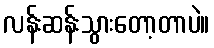
လန်းဆန်းသွားတော့တာပဲ။